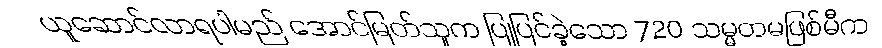
ယူဆောင်လာရပါမည် အောင်မြတ်သူက ပြုပြင်ခဲ့သော 720 သမ္မတမဖြစ်မီက